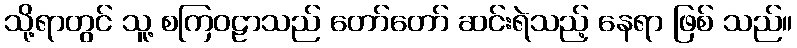
သို့ရာတွင် သူ့ စကြဝဠာသည် တော်တော် ဆင်းရဲသည့် နေရာ ဖြစ် သည်။